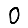
Digit: 0